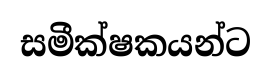
සමීක්ෂකයන්ට